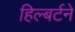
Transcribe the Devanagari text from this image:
हिल्बर्टने